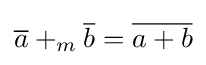
{\overline {a}}+_{m}{\overline {b}}={\overline {a+b}}